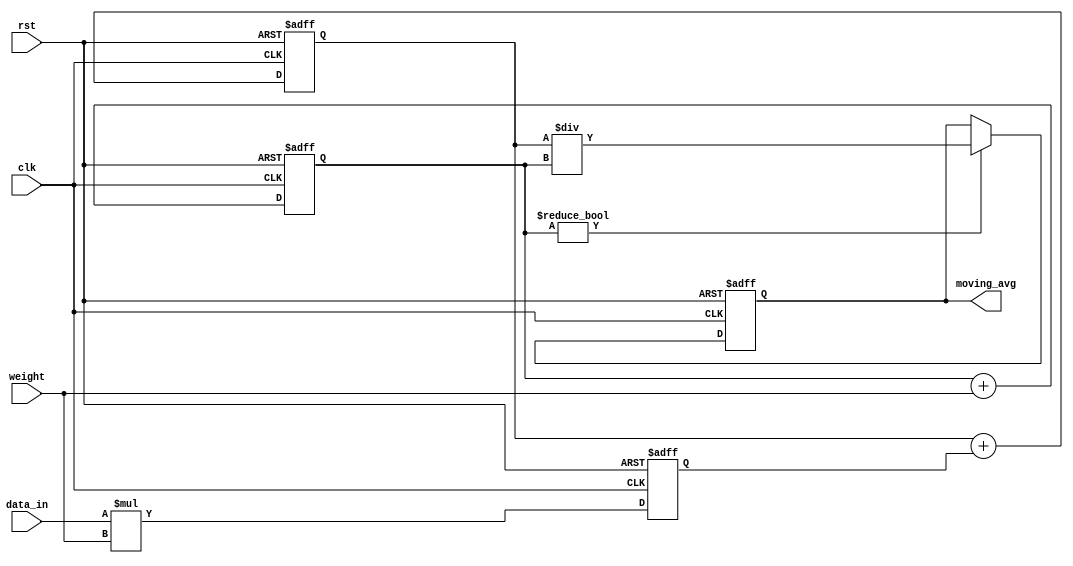
module weighted_moving_average_accumulator (
    input wire clk,
    input wire rst,
    input wire [7:0] weight,
    input wire [7:0] data_in,
    output reg [15:0] moving_avg
);

reg [15:0] weighted_sum;
reg [7:0] total_weight;
reg [15:0] intermediate_value;

always @(posedge clk or posedge rst) begin
    if (rst) begin
        weighted_sum <= 16'b0;
        total_weight <= 8'b0;
        intermediate_value <= 16'b0;
        moving_avg <= 16'b0;
    end else begin
        intermediate_value <= data_in * weight;
        weighted_sum <= weighted_sum + intermediate_value;
        total_weight <= total_weight + weight;
        if (total_weight != 8'b0) begin
            moving_avg <= weighted_sum / total_weight;
        end
    end
end

endmodule